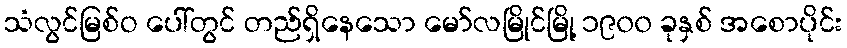
သံလွင်မြစ်ဝ ပေါ်တွင် တည်ရှိနေသော မော်လမြိုင်မြို့ ၁၉၀၀ ခုနှစ် အစောပိုင်း